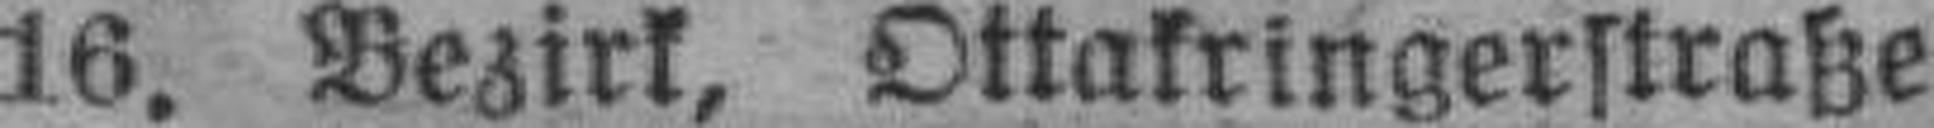
16. Bezirk, Ottakringerstraße